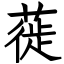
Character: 蓰